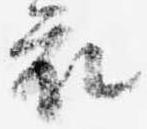
衣